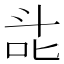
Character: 㖍